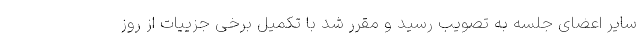
سایر اعضای جلسه به تصویب رسید و مقرر شد با تکمیل برخی جزییات از روز